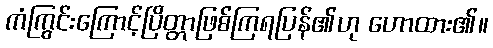
ကံကြွင်းကြောင့်ပြိတ္တာဖြစ်ကြရပြန်၏ဟု ဟောထား၏။